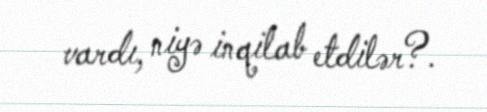
vardı, niyə inqilab etdilər?.